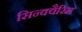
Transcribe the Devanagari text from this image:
सिन्क्वैरिम